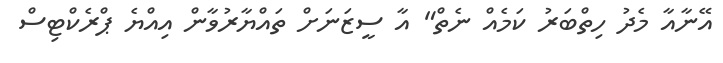
އޭނާއާ މެދު ހިތްބަރު ކަމެއް ނެތް" އާ ސީޒަނަށް ތައްޔާރުވާން އިއްޔެ ޕްރެކްޓިސް